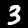
Digit: 3